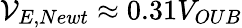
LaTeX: \mathcal{V}_{E,Newt}\approx 0.31V_{OUB}